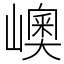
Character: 㠗